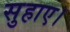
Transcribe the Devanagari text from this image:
सुहाए।